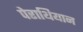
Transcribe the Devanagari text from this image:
पेराथियान